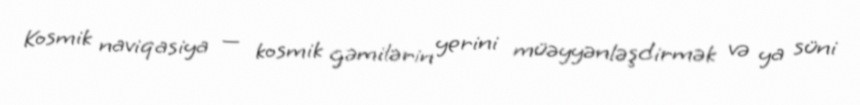
Kosmik naviqasiya — kosmik gəmilərin yerini müəyyənləşdirmək və ya süni